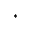
^ *